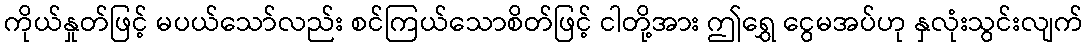
ကိုယ်နှုတ်ဖြင့် မပယ်သော်လည်း စင်ကြယ်သောစိတ်ဖြင့် ငါတို့အား ဤရွှေ ငွေမအပ်ဟု နှလုံးသွင်းလျက်